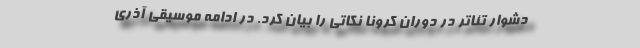
دشوار تئاتر در دوران کرونا نکاتی را بیان کرد. در ادامه موسیقی آذری